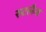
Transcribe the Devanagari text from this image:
रुटलैन्ड